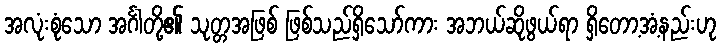
အလုံးစုံသော အင်္ဂါတို့၏ သုတ္တအဖြစ် ဖြစ်သည်ရှိသော်ကား အဘယ်ဆိုဖွယ်ရာ ရှိတော့အံ့နည်းဟု